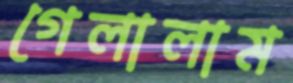
গেলালাম